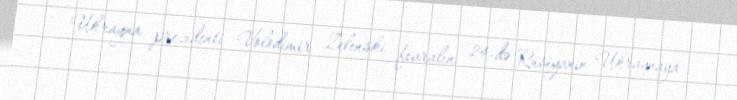
Ukrayna prezidenti Volodimir Zelenski fevralın 24-də Rusiyanın Ukraynaya